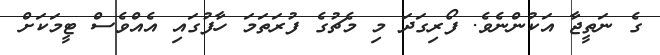
ގެ ނަތީޖާ އަކުންނެވެ. ފޯރިގަދަ މި މެޗުގެ ފުރަތަމަ ހާފުގައި އެއްވެސް ޓީމަކަށް